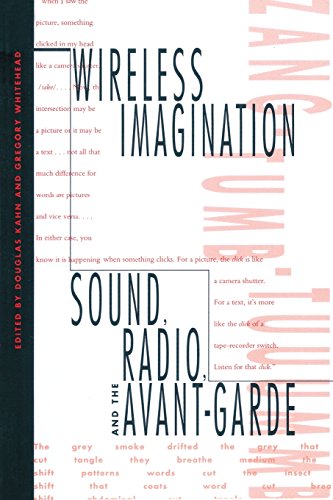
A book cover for Wireless Imagination: Sound, Radio, and the Avant-Garde; Humor & Entertainment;